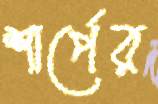
শার্পের